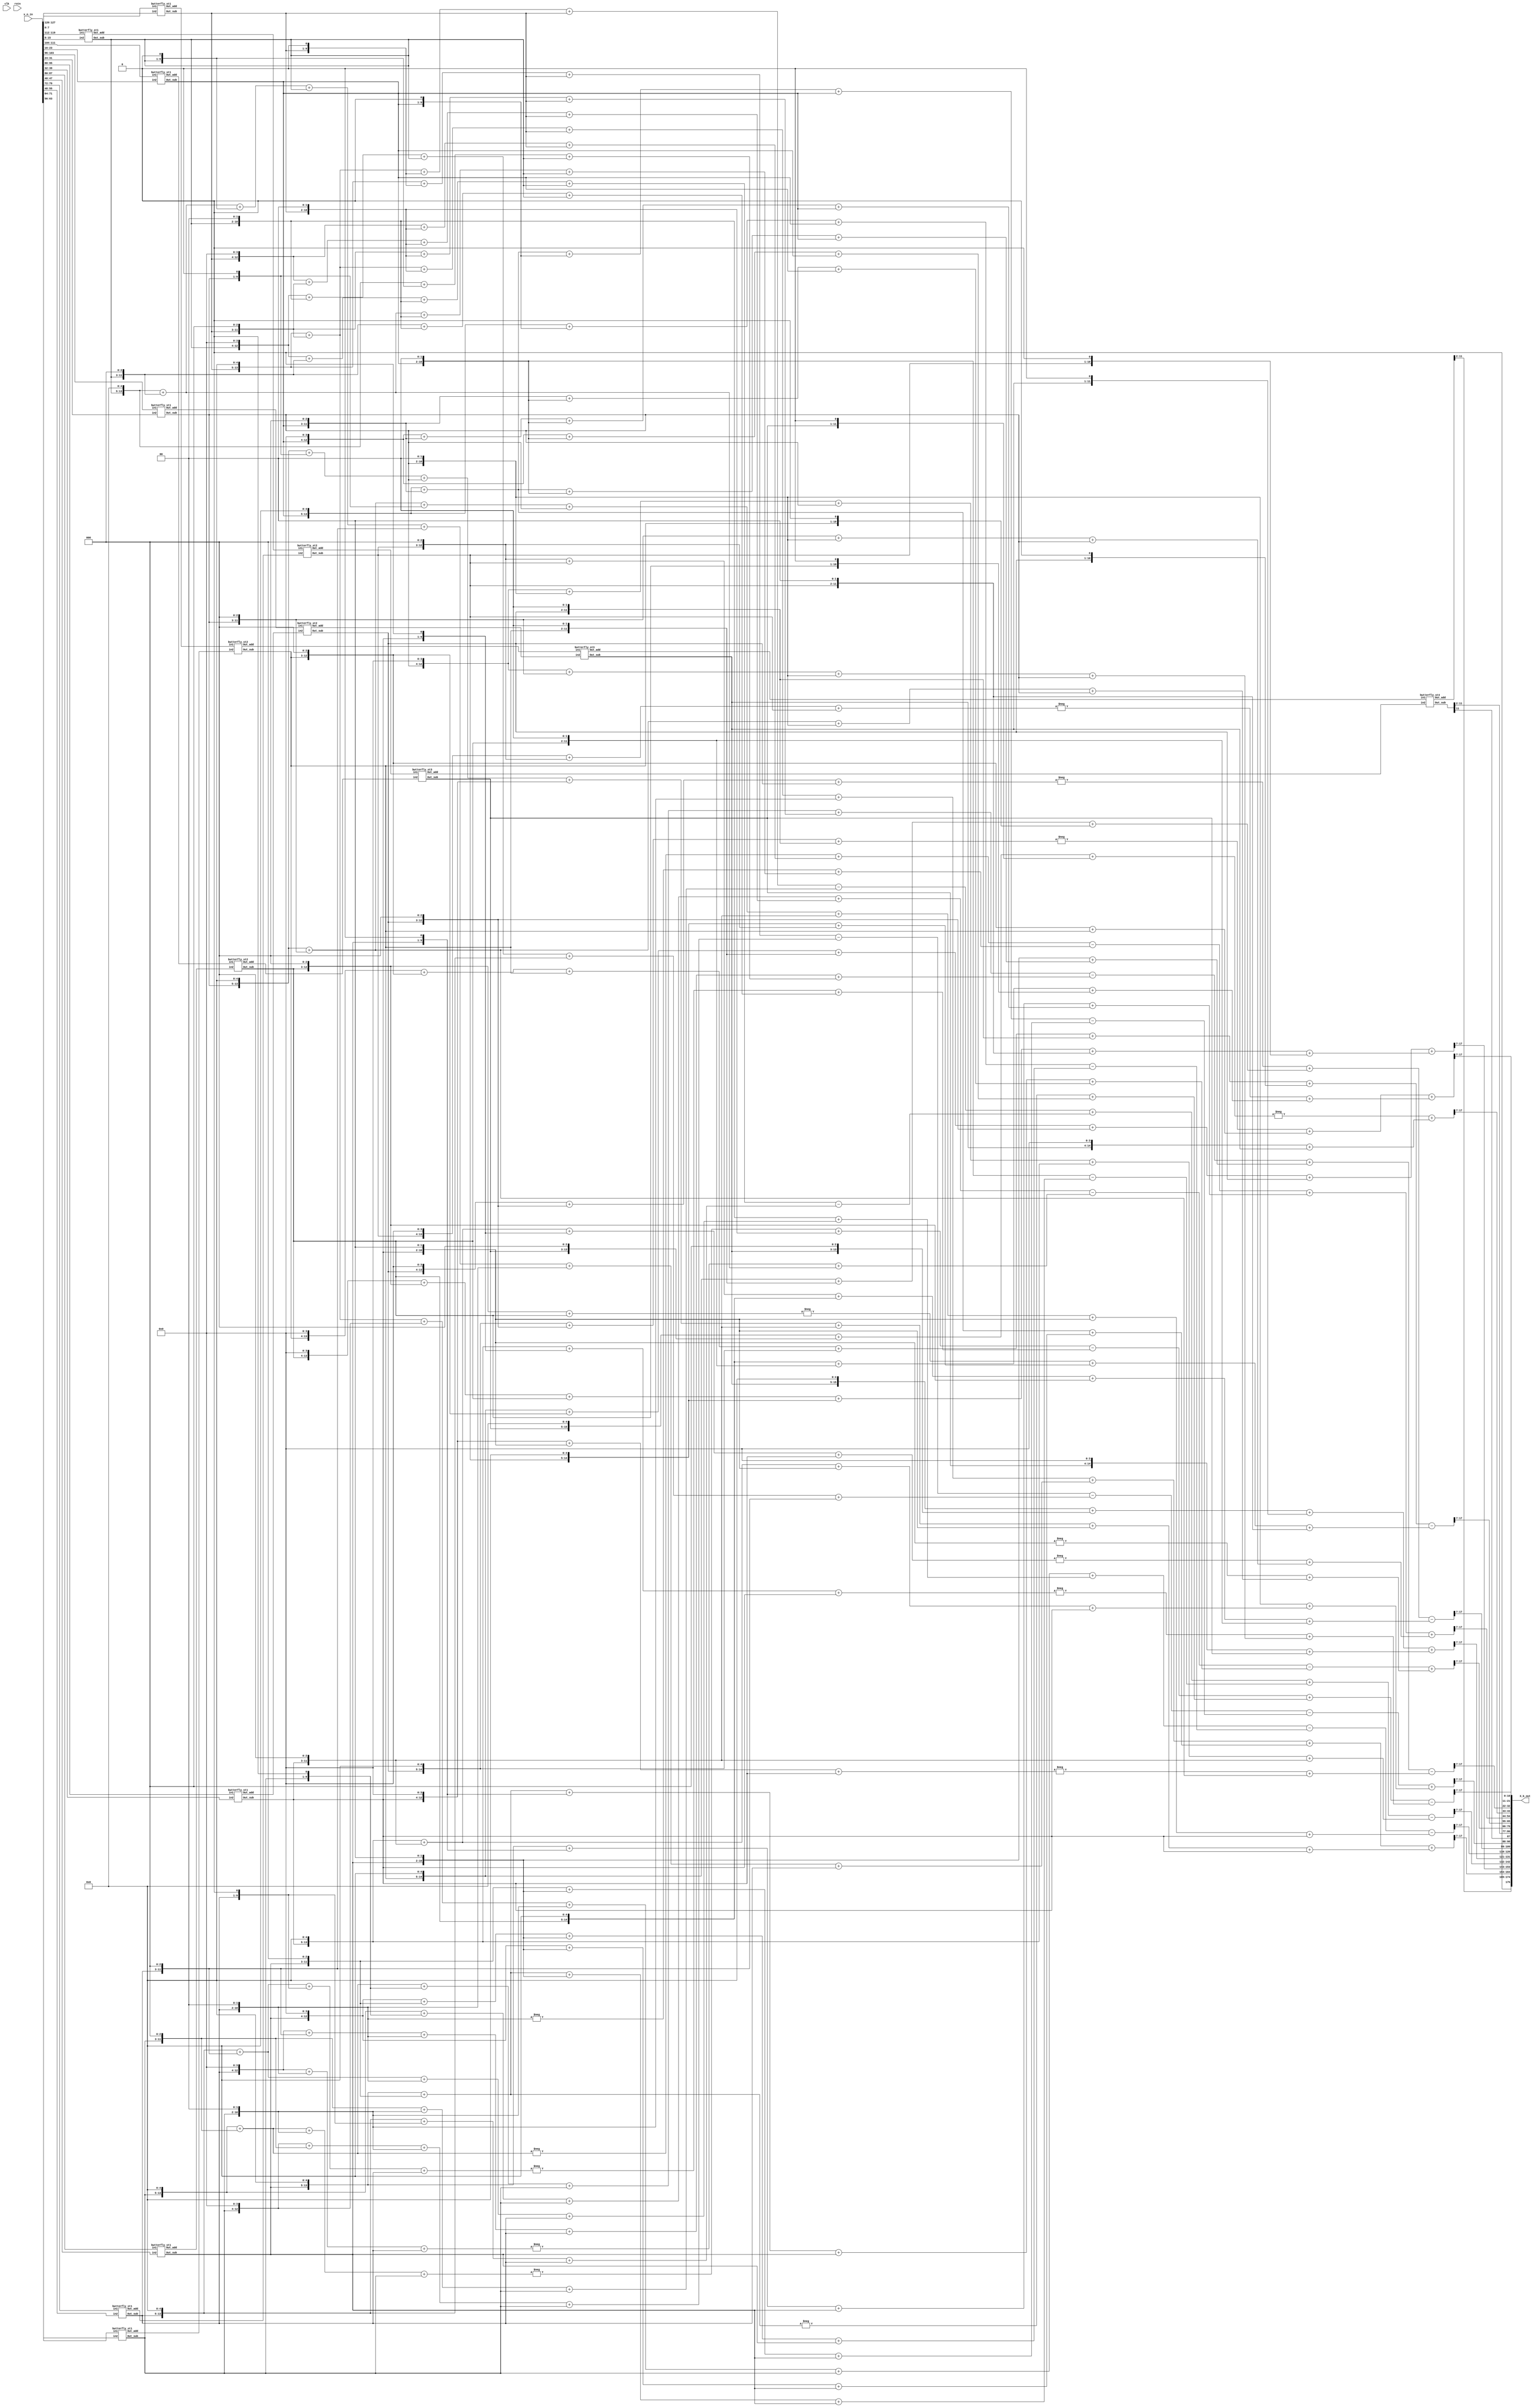
// 1 DCT 

module DCT_1D_row
    #(parameter C_bit = 7, parameter BW = 11)

    (X_k_out, x_n_in, clk, rstn);

    output [16*BW-1:0]X_k_out;
    input [128-1:0]x_n_in;  // unsigned input
    input clk, rstn;
    //(8.0)
    wire [8-1:0] x_0  = x_n_in[15*8 +: 8];
    wire [8-1:0] x_1  = x_n_in[14*8 +: 8];
    wire [8-1:0] x_2  = x_n_in[13*8 +: 8];
    wire [8-1:0] x_3  = x_n_in[12*8 +: 8];
    wire [8-1:0] x_4  = x_n_in[11*8 +: 8];
    wire [8-1:0] x_5  = x_n_in[10*8 +: 8];
    wire [8-1:0] x_6  = x_n_in[ 9*8 +: 8];
    wire [8-1:0] x_7  = x_n_in[ 8*8 +: 8];
    wire [8-1:0] x_8  = x_n_in[ 7*8 +: 8];
    wire [8-1:0] x_9  = x_n_in[ 6*8 +: 8];
    wire [8-1:0] x_10 = x_n_in[ 5*8 +: 8];
    wire [8-1:0] x_11 = x_n_in[ 4*8 +: 8];
    wire [8-1:0] x_12 = x_n_in[ 3*8 +: 8];
    wire [8-1:0] x_13 = x_n_in[ 2*8 +: 8];
    wire [8-1:0] x_14 = x_n_in[ 1*8 +: 8];
    wire [8-1:0] x_15 = x_n_in[ 0*8 +: 8];
    // (8.7)
    //wire [8-1:0] C_0  = 8'h20;
    // wire [8-1:0] C_1  = 8'b00101101;
    // wire [8-1:0] C_2  = 8'b00101100;
    // wire [8-1:0] C_3  = 8'b00101011;
    // wire [8-1:0] C_4  = 8'b00101010;
    // wire [8-1:0] C_5  = 8'b00101000;
    // wire [8-1:0] C_6  = 8'b00100110;
    // wire [8-1:0] C_7  = 8'b00100011;
    // wire [8-1:0] C_8  = 8'b00100000;
    // wire [8-1:0] C_9  = 8'b00011101;
    // wire [8-1:0] C_10 = 8'b00011001;
    // wire [8-1:0] C_11 = 8'b00010101;
    // wire [8-1:0] C_12 = 8'b00010001;
    // wire [8-1:0] C_13 = 8'b00001101;
    // wire [8-1:0] C_14 = 8'b00001001;
    // wire [8-1:0] C_15 = 8'b00000100;
    //  16  C0 = C8  15 .

    wire signed[9-1:0] X_0_15_a, X_0_15_s;
    wire signed[9-1:0] X_1_14_a, X_1_14_s;
    wire signed[9-1:0] X_2_13_a, X_2_13_s;
    wire signed[9-1:0] X_3_12_a, X_3_12_s;
    wire signed[9-1:0] X_4_11_a, X_4_11_s;
    wire signed[9-1:0] X_5_10_a, X_5_10_s;
    wire signed[9-1:0] X_6_9_a, X_6_9_s;
    wire signed[9-1:0] X_7_8_a, X_7_8_s;

    // Common stage (Even, Odd) (9.0)
    butterfly_st1 buf1( X_0_15_a, X_0_15_s, x_0, x_15);
    butterfly_st1 buf2( X_1_14_a, X_1_14_s, x_1, x_14);
    butterfly_st1 buf3( X_2_13_a, X_2_13_s, x_2, x_13);
    butterfly_st1 buf4( X_3_12_a, X_3_12_s, x_3, x_12);
    butterfly_st1 buf5( X_4_11_a, X_4_11_s, x_4, x_11);
    butterfly_st1 buf6( X_5_10_a, X_5_10_s, x_5, x_10);
    butterfly_st1 buf7( X_6_9_a,  X_6_9_s,  x_6, x_9);
    butterfly_st1 buf8( X_7_8_a,  X_7_8_s,  x_7, x_8);

    wire signed[10-1:0] X_0_7_8_15_a, X_1_6_9_14_a, X_2_5_10_13_a, X_3_4_11_12_a;
    wire signed[10-1:0] X_0_7_8_15_s, X_1_6_9_14_s, X_2_5_10_13_s, X_3_4_11_12_s;

    // Even stage (10.0)
    butterfly_st2 buf2_1 (X_0_7_8_15_a,  X_0_7_8_15_s,  X_0_15_a, X_7_8_a);
    butterfly_st2 buf2_2 (X_1_6_9_14_a,  X_1_6_9_14_s,  X_1_14_a, X_6_9_a);
    butterfly_st2 buf2_3 (X_2_5_10_13_a, X_2_5_10_13_s, X_2_13_a, X_5_10_a);
    butterfly_st2 buf2_4 (X_3_4_11_12_a, X_3_4_11_12_s, X_3_12_a, X_4_11_a);

    wire signed[11-1:0] X1, X2, X3, X4;
    // 11 bit outcome (11.0)
    butterfly_st3 buf3_1 (X2, X4, X_1_6_9_14_a, X_2_5_10_13_a);
    butterfly_st3 buf3_2 (X1, X3, X_0_7_8_15_a,  X_3_4_11_12_a);

    // Even Even Even
    ////////////////////****** X[0], X[8] ******////////////////////
    wire signed[12-1:0] Pre_X_0, Pre_X_8;
    wire signed[20-1:0] X_0;
    wire signed[20-1:0] X_8;
    wire signed[11-1:0] X_0_trunc; 
    wire signed[11-1:0] X_8_trunc;

    // 12bit outcome (12.0)
    butterfly_st4 buf4_1 (Pre_X_0, Pre_X_8, X1, X2);

    // 16bit outcome (16.4)   . $unsigned()
    assign X_0 = $unsigned(Pre_X_0) <<< 5;
    //assign X_0 = X_0 <<< 1;
    // 19bit outcome
    assign X_8 = Pre_X_8 <<< 5;

    // 11bit (11.0)
    assign X_0_trunc = X_0[18-1:7];
    assign X_8_trunc = X_8[18-1:7];

    // Even Even Odd
    ////////////////////****** X[4], X[12] ******////////////////////
    // 19bit outcome (19.7)
    //butterfly_st4_mult buf4_2 (X_4, X_12, X3, X4, C_4, C_12);
    // C4 = 00101010, C12 = 00010001
    // C4 * X3 + C12 * X4
    // -C4 * X4 + C12 * X3
    wire signed[20-1:0] X_4, X_12;
    wire signed[11-1:0] X_4_trunc, X_12_trunc;

    assign X_4 = ((X3 << 5) + (X3 << 3) + (X3 << 1)) + ((X4 << 4) + X4);
    assign X_12 = -((X4 << 5) + (X4 << 3) + (X4 << 1)) + ((X3 << 4) + X3);
    
    // 11bit (11.0)  1,  7 
    assign X_4_trunc = X_4[18-1:7];
    assign X_12_trunc = X_12[18-1:7];

    // Even Odd
    ////////////////////****** X[2], X[6], X[10], X[14] ******////////////////////
    // 18.6
    wire signed [19-1:0] Pre_X_10_1, Pre_X_6_1, Pre_X_10_2, Pre_X_6_2;
    //butterfly_st3_mult buf3_3 (Pre_X_10_1, Pre_X_6_1, X_0_7_8_15_s, X_3_4_11_12_s, C_10, C_6);
    //butterfly_st3_mult buf3_4 (Pre_X_6_2, Pre_X_10_2, X_1_6_9_14_s, X_2_5_10_13_s, C_14, C_2);

    // C_10 = 00011001, C_6 = 00100110
    // C10 * X_0_7_8_15_s + C6 * X_3_4_11_12_s
    // -C10 * X_3_4_11_12 + C6 * X_0_7_8_15_s
    assign Pre_X_10_1 = (X_0_7_8_15_s <<< 4) + (X_0_7_8_15_s <<< 3) + (X_0_7_8_15_s) + (X_3_4_11_12_s <<< 5) + (X_3_4_11_12_s <<< 2) + (X_3_4_11_12_s <<< 1);
    assign Pre_X_6_1 = -((X_3_4_11_12_s <<< 4) + (X_3_4_11_12_s <<< 3) + (X_3_4_11_12_s)) + ((X_0_7_8_15_s <<< 5) + (X_0_7_8_15_s <<< 2) + (X_0_7_8_15_s <<< 1));

    // C14 = 00001001, C2 = 00101100
    // C14 * X_1_6_9_14_s + C2 * X_2_5_10_13_s
    // -C14 * X_2_5_10_13_s + C2 * X_1_6_9_14_s
    assign Pre_X_6_2 = (X_1_6_9_14_s <<< 3)  + (X_1_6_9_14_s) + (X_2_5_10_13_s <<< 5) + (X_2_5_10_13_s <<< 3) + (X_2_5_10_13_s <<< 2); 
    assign Pre_X_10_2 = -((X_2_5_10_13_s <<< 3) + (X_2_5_10_13_s)) + ((X_1_6_9_14_s <<< 5) + (X_1_6_9_14_s <<< 3)) + (X_1_6_9_14_s <<< 2);
    
    // 19.6
    wire signed [20-1:0] X_10, X_6;
    // 19bit outcome
    assign X_10 = Pre_X_10_1 - Pre_X_10_2;
    assign X_6 = Pre_X_6_1 - Pre_X_6_2;

    // 11bit truncation
    wire signed [11-1:0] X_10_trunc, X_6_trunc;
    assign X_10_trunc = X_10[18-1:7];
    assign X_6_trunc = X_6[18-1:7];

    // X[2], X[14]
    wire signed [19-1:0] Pre_X_2_1, Pre_X_14_1, Pre_X_2_2, Pre_X_14_2;
    //butterfly_st3_mult buf3_5 (Pre_X_2_1, Pre_X_14_1, X_0_7_8_15_s, X_3_4_11_12_s, C_2, C_14);
    //butterfly_st3_mult buf3_6 (Pre_X_2_2, Pre_X_14_2, X_2_5_10_13_s, X_1_6_9_14_s, C_10, C_6);

    // C2 = 00101100, C14 = 00001001
    // C2 * X_0_7_8_15_s + C14 * X_3_4_11_12_s
    // -C2 * X_3_4_11_12_s + C14 * X_0_7_8_15_s
    assign Pre_X_2_1 = (X_0_7_8_15_s <<< 5) + (X_0_7_8_15_s <<< 3) + (X_0_7_8_15_s <<< 2) + (X_3_4_11_12_s <<< 3) + (X_3_4_11_12_s);
    assign Pre_X_14_1 = -((X_3_4_11_12_s <<< 5) + (X_3_4_11_12_s <<< 3) + (X_3_4_11_12_s <<< 2)) + ((X_0_7_8_15_s <<< 3) + (X_0_7_8_15_s));

    // C10 = 00011001, C6 = 00100110
    // C10 * X_2_5_10_13_s + C6 * X_1_6_9_14_s
    // -C10 * X_1_6_9_14_s + C6 * X_2_5_10_13_s
    assign Pre_X_2_2 = (X_2_5_10_13_s <<< 4) + (X_2_5_10_13_s <<< 3) + (X_2_5_10_13_s) + (X_1_6_9_14_s <<< 5) + (X_1_6_9_14_s <<< 2) + (X_1_6_9_14_s <<< 1);
    assign Pre_X_14_2 = -((X_1_6_9_14_s <<< 4) + (X_1_6_9_14_s <<< 3) + (X_1_6_9_14_s)) + ((X_2_5_10_13_s <<< 5) + (X_2_5_10_13_s <<< 2) + (X_2_5_10_13_s <<< 1));

    wire signed [20-1:0] X_2, X_14;
    // 19bit outcome
    assign X_2 = Pre_X_2_1 + Pre_X_2_2;
    assign X_14 = Pre_X_14_1 + Pre_X_14_2;

    // 11bit truncation
    wire signed [11-1:0] X_2_trunc, X_14_trunc;
    assign X_2_trunc = X_2[18-1:7];
    assign X_14_trunc = X_14[18-1:7];

    // Odd part
    ////////////////////****** X[1], X[15] ******////////////////////

    wire signed [21-1:0] Pre_X_1, Pre_X_15;
    wire signed [18-1:0] X1_1, X15_1, X1_2, X15_2, X1_3, X15_3, X1_4, X15_4;
    
    //butterfly_st2_mult buf_1_15_1 (X1_1, X15_1, X_0_15_s, X_7_8_s, C_1, C_15);
    //butterfly_st2_mult buf_1_15_2 (X1_2, X15_2, X_1_14_s, X_6_9_s, C_3, C_13);
    //butterfly_st2_mult buf_1_15_3 (X1_3, X15_3, X_2_13_s, X_5_10_s, C_5, C_11);
    //butterfly_st2_mult buf_1_15_4 (X1_4, X15_4, X_3_12_s, X_4_11_s, C_7, C_9);

    // C1 = 00101101, C15 = 00000100
    // C1 * X_0_15_s + C15 * X_7_8_s
    // -C1 * X_7_8_s + C15 * X_0_15_s
    assign X1_1 = ((X_0_15_s <<< 5) + (X_0_15_s <<< 3) + (X_0_15_s <<< 2) + (X_0_15_s)) + (X_7_8_s <<< 2);
    assign X15_1 = -((X_7_8_s <<< 5) + (X_7_8_s <<< 3) + (X_7_8_s <<< 2) + X_7_8_s) + ((X_0_15_s <<< 2));

    // C3 = 00101011, C13 = 00001101
    // C3 * X_1_14_s + C13 * X_6_9_s
    // -C3 * X_6_9_s + C13 * X_1_14_s
    assign X1_2 = ((X_1_14_s <<< 5)+(X_1_14_s <<< 3)+(X_1_14_s <<< 1) + (X_1_14_s))  + (X_6_9_s <<< 3) + (X_6_9_s <<< 2) + (X_6_9_s);
    assign X15_2 = -((X_6_9_s <<< 5) + (X_6_9_s <<< 3) + (X_6_9_s <<< 1) + (X_6_9_s)) + ((X_1_14_s <<< 3) + (X_1_14_s <<< 2) + (X_1_14_s));

    // C5 = 00101000, C11 = 00010101
    // C5 * X_2_13_s + C11 * X_5_10_s
    // -C5 * X_5_10_s + C11 * X_2_13_s
    assign X1_3 = (X_2_13_s <<< 5) + (X_2_13_s <<< 3) +  ((X_5_10_s <<< 4) + (X_5_10_s <<< 2) + (X_5_10_s));
    assign X15_3 = -((X_5_10_s <<< 5) + (X_5_10_s <<< 3)) + ((X_2_13_s <<< 4) + (X_2_13_s <<< 2) + (X_2_13_s));

    // C7 = 00100011, C9 = 00011101
    // C7 * X_3_12_s + C9 * X_4_11_s
    // -C7 * X_4_11_s + C9 * X_3_12_s
    assign X1_4 = ((X_3_12_s <<< 5) + (X_3_12_s <<< 1) + (X_3_12_s)) + (X_4_11_s <<< 4) + (X_4_11_s <<< 3) + (X_4_11_s <<< 2) + (X_4_11_s);
    assign X15_4 = -((X_4_11_s <<< 5) + (X_4_11_s <<< 1) + (X_4_11_s)) + ((X_3_12_s <<< 4) + (X_3_12_s <<< 3) + (X_3_12_s <<< 2) + (X_3_12_s));

    assign Pre_X_1 = $signed(X1_1 + X1_2 + X1_3 + X1_4);
    assign Pre_X_15 = X15_1 - X15_2 + X15_3 - X15_4;

    // 11bit truncation
    wire signed [11-1:0] X_1_trunc, X_15_trunc;
    assign X_1_trunc = Pre_X_1[18-1:7];
    assign X_15_trunc = Pre_X_15[18-1:7];


    ////////////////////****** X[3], X[13] ******////////////////////

    wire signed [21-1:0] Pre_X_3, Pre_X_13;
    wire signed [18-1:0] X3_1, X13_1, X3_2, X13_2, X3_3, X13_3, X3_4, X13_4;

    //butterfly_st2_mult buf_3_13_1 (X3_1, X13_1, X_0_15_s, -X_7_8_s, C_3, C_13);
    //butterfly_st2_mult buf_3_13_2 (X3_2, X13_2, X_1_14_s, -X_6_9_s, C_9, C_7);
    //butterfly_st2_mult buf_3_13_3 (X3_3, X13_3, X_2_13_s, -X_5_10_s, C_15, C_1);
    //butterfly_st2_mult buf_3_13_4 (X3_4, X13_4, X_3_12_s, X_4_11_s, C_11, C_5);

    // C3 = 00101011, C13 = 00001101
    // C3 * X_0_15_s  C13 * X_7_8_s
    // -C3 * X_7_8_s + C13 * X_0_15_s
    //assign X_7_8_s = -X_7_8_s;
    assign X3_1 = (X_0_15_s <<< 5) + (X_0_15_s <<< 3) + (X_0_15_s <<< 1) + (X_0_15_s) -((X_7_8_s <<< 3) + (X_7_8_s <<< 2) + (X_7_8_s));
    assign X13_1 = ((X_7_8_s <<< 5) + (X_7_8_s <<< 3) + (X_7_8_s <<< 1) + (X_7_8_s)) + ((X_0_15_s <<< 3) + (X_0_15_s <<< 2) + (X_0_15_s));

    // C9 = 00011101, C7 = 00100011
    // C9 * X_1_14_s + C7 * X_6_9_s
    // -C9 * X_6_9_s + C7 * X_1_14_s
    //assign X_6_9_s = -X_6_9_s;
    assign X3_2 = (X_1_14_s <<< 4) + (X_1_14_s <<< 3) + (X_1_14_s <<< 2) + (X_1_14_s) - ((X_6_9_s <<< 5) + (X_6_9_s <<< 1) + (X_6_9_s));
    assign X13_2 = ((X_6_9_s <<< 4) + (X_6_9_s <<< 3) + (X_6_9_s <<< 2) + (X_6_9_s)) + ((X_1_14_s <<< 5) + (X_1_14_s <<< 1) + (X_1_14_s));

    // C15 = 00000100, C1 = 00101101
    // C15 * X_2_13_s + C1 * X_5_10_s
    // -C15 * X_5_10_s + C1 * X_2_13_s
    //assign X_5_10_s = -X_5_10_s;
    assign X3_3 = (X_2_13_s <<< 2) - ((X_5_10_s <<< 5) + (X_5_10_s <<< 3) + (X_5_10_s <<< 2) + X_5_10_s);
    assign X13_3 = ((X_5_10_s <<< 2)) + ((X_2_13_s <<< 5) + (X_2_13_s <<< 3) + (X_2_13_s <<< 2) + (X_2_13_s));

    // C11 = 00010101, C5 = 00101000
    // C11 * X_3_12_s + C5 * X_4_11_s
    // -C11 * X_4_11_s + C5 * X_3_12_s
    assign X3_4 = ((X_3_12_s <<< 4) + (X_3_12_s <<< 2) + (X_3_12_s)) + (X_4_11_s <<< 5) + (X_4_11_s <<< 3);
    assign X13_4 = -((X_4_11_s <<< 4) + (X_4_11_s <<< 2) + (X_4_11_s)) + ((X_3_12_s <<< 5) + (X_3_12_s <<< 3));

    assign Pre_X_3 = X3_1 + X3_2 + X3_3 - X3_4;
    assign Pre_X_13 = X13_1 - X13_2 + X13_3 - X13_4;

    // 11bit truncation
    wire signed [11-1:0] X_3_trunc, X_13_trunc;
    assign X_3_trunc = Pre_X_3[18-1:7];
    assign X_13_trunc = Pre_X_13[18-1:7];

    ////////////////////****** X[5], X[11] ******////////////////////

    wire signed [21-1:0] Pre_X_5, Pre_X_11;
    wire signed [18-1:0] X5_1, X11_1, X5_2, X11_2, X5_3, X11_3, X5_4, X11_4;
    
    //butterfly_st2_mult buf_5_11_1 (X5_1, X11_1, X_0_15_s, X_7_8_s, C_5, C_11);
    //butterfly_st2_mult buf_5_11_2 (X5_2, X11_2, X_1_14_s, X_6_9_s, C_15, C_1);
    //butterfly_st2_mult buf_5_11_3 (X5_3, X11_3, X_2_13_s, -X_5_10_s, C_7, C_9);
    //butterfly_st2_mult buf_5_11_4 (X5_4, X11_4, X_3_12_s, X_4_11_s, C_3, C_13);

    // C5 = 00101000, C11 = 00010101
    // C5 * X_0_15_s + C11 * X_7_8_s
    // -C5 * X_7_8_s + C11 * X_0_15_s
    assign X5_1 = (X_0_15_s <<< 5) + (X_0_15_s <<< 3) + (X_7_8_s <<< 4) + (X_7_8_s <<< 2) + (X_7_8_s);
    assign X11_1 = -((X_7_8_s <<< 5) + (X_7_8_s <<< 3)) + ((X_0_15_s <<< 4) + (X_0_15_s <<< 2) + (X_0_15_s));

    // C15 = 00000100, C1 = 00101101
    // C15 * X_1_14_s + C1 * X_6_9_s
    // -C15 * X_6_9_s + C1 * X_1_14_s
    assign X5_2 = (X_1_14_s <<< 2) + ((X_6_9_s <<< 5) + (X_6_9_s <<< 3) + (X_6_9_s <<< 2) + X_6_9_s);
    assign X11_2 = -((X_6_9_s <<< 2)) + ((X_1_14_s <<< 5) + (X_1_14_s <<< 3) + (X_1_14_s <<< 2) + (X_1_14_s));

    // C7 = 00100011, C9 = 00011101
    // C7 * X_2_13_s + C9 * X_5_10_s
    // -C7 * X_5_10_s + C9 * X_2_13_s
    assign X5_3 = (X_2_13_s <<< 5) + (X_2_13_s <<< 1) + (X_2_13_s) - ((X_5_10_s <<< 4) + (X_5_10_s <<< 3) + (X_5_10_s <<< 2) + (X_5_10_s));
    assign X11_3 = ((X_5_10_s <<< 5) + (X_5_10_s <<< 1) +(X_5_10_s) ) + ((X_2_13_s <<< 4) + (X_2_13_s <<< 3) + (X_2_13_s <<< 2) + (X_2_13_s));

    // C3 = 00101011, C13 = 00001101
    // C3 * X_3_12_s + C13 * X_4_11_s
    // -C3 * X_4_11_s + C13 * X_3_12_s
    assign X5_4 = (X_3_12_s <<< 5) + (X_3_12_s <<< 3) + (X_3_12_s <<< 1) + (X_3_12_s)+ (X_4_11_s <<< 3) + (X_4_11_s <<< 2) + X_4_11_s;
    assign X11_4 = -((X_4_11_s <<< 5) + (X_4_11_s <<< 3) + (X_4_11_s <<< 1) + X_4_11_s) + ((X_3_12_s <<< 3) + (X_3_12_s <<< 2) + X_3_12_s);

    assign Pre_X_5 = X5_1 + X5_2 - X5_3 - X5_4;
    assign Pre_X_11 = X11_1 - X11_2 + X11_3 + X11_4;

    // 11bit truncation
    wire signed [11-1:0] X_5_trunc, X_11_trunc;
    assign X_5_trunc = Pre_X_5[18-1:7];
    assign X_11_trunc = Pre_X_11[18-1:7];

    ////////////////////****** X[7], X[9] ******////////////////////

    wire signed [21-1:0] Pre_X_7, Pre_X_9;
    wire signed [18-1:0] X7_1, X9_1, X7_2, X9_2, X7_3, X9_3, X7_4, X9_4;

    //butterfly_st2_mult buf_7_9_1 (X7_1, X9_1, X_0_15_s, -X_7_8_s, C_7, C_9);
    //butterfly_st2_mult buf_7_9_2 (X7_2, X9_2, X_1_14_s, X_6_9_s, C_11, C_5);
    //butterfly_st2_mult buf_7_9_3 (X7_3, X9_3, X_2_13_s, -X_5_10_s, C_3, C_13);
    //butterfly_st2_mult buf_7_9_4 (X7_4, X9_4, X_3_12_s, X_4_11_s, C_15, C_1);

    // C7 = 00100011, C9 = 00011101
    // C7 * X_0_15_s + C9 * X_7_8_s
    // -C7 * X_7_8_s + C9 * X_0_15_s
    //assign X_7_8_s = -X_7_8_s;
    assign X7_1 = (X_0_15_s <<< 5) + (X_0_15_s <<< 1) + X_0_15_s - ((X_7_8_s <<< 4) + (X_7_8_s <<< 3) + (X_7_8_s <<< 2) + (X_7_8_s));
    assign X9_1 = ((X_7_8_s <<< 5) + (X_7_8_s <<< 1) + X_7_8_s) + ((X_0_15_s <<< 4) + (X_0_15_s <<< 3) + (X_0_15_s <<< 2) + (X_0_15_s));

    // C11 = 00010101, C5 = 00101000
    // C11 * X_1_14_s + C5 * X_6_9_s
    // -C11 * X_6_9_s + C5 * X_1_14_s
    assign X7_2 = (X_1_14_s <<< 4) + (X_1_14_s <<< 2) + (X_1_14_s) + (X_6_9_s <<< 5) + (X_6_9_s <<< 3);
    assign X9_2 = -((X_6_9_s <<< 4) + (X_6_9_s <<< 2) + (X_6_9_s)) + ((X_1_14_s <<< 5) + (X_1_14_s <<< 3));

    // C3 = 00101011, C13 = 00001101
    // C3 * X_2_13_s + C13 * X_5_10_s
    // -C3 * X_5_10_s + C13 * X_2_13_s
    //assign X_5_10_s = -X_5_10_s;
    assign X7_3 = (X_2_13_s <<< 5) + (X_2_13_s <<< 3) + (X_2_13_s <<< 1) + X_2_13_s - ((X_5_10_s <<< 3) + (X_5_10_s <<< 2) + X_5_10_s);
    assign X9_3 = ((X_5_10_s <<< 5) + (X_5_10_s <<< 3) + (X_5_10_s <<< 1) + X_5_10_s) + ((X_2_13_s <<< 3) + (X_2_13_s <<< 2) + X_2_13_s);

    // C15 = 00000100, C1 = 00101101
    // C15 * X_3_12_s + C1 * X_4_11_s
    // -C15 * X_4_11_s + C1 * X_3_12_s
    assign X7_4 = (X_3_12_s <<< 2) + ((X_4_11_s <<< 5) + (X_4_11_s <<< 3) + (X_4_11_s <<< 2) + X_4_11_s);
    assign X9_4 = -((X_4_11_s <<< 2)) + ((X_3_12_s <<< 5) + (X_3_12_s <<< 3) + (X_3_12_s <<< 2) + (X_3_12_s));

    assign Pre_X_7 = X7_1 - X7_2 - X7_3 + X7_4;
    assign Pre_X_9 = X9_1 - X9_2 - X9_3 + X9_4;

    // 11bit truncation
    wire signed [11-1:0] X_7_trunc, X_9_trunc;
    assign X_7_trunc = Pre_X_7[18-1:7];
    assign X_9_trunc = Pre_X_9[18-1:7];

    assign X_k_out = {X_0_trunc, X_1_trunc, X_2_trunc, X_3_trunc, X_4_trunc, X_5_trunc, X_6_trunc, X_7_trunc, X_8_trunc, X_9_trunc, X_10_trunc, X_11_trunc, X_12_trunc, X_13_trunc, X_14_trunc, X_15_trunc};


endmodule

module butterfly_st1(Out_add, Out_sub, in1, in2);
    output signed[9-1:0] Out_add;
    output signed[9-1:0] Out_sub;
    input [8-1:0] in1;
    input [8-1:0] in2;

    assign Out_add = $unsigned(in1) + $unsigned(in2);
    assign Out_sub = $unsigned(in1) - $unsigned(in2);

endmodule

//   output unsigned .
module butterfly_st2(Out_add, Out_sub, in1, in2);
    output signed[10-1:0] Out_add;
    output signed[10-1:0] Out_sub;
    input signed[9-1:0] in1;
    input signed[9-1:0] in2;

    assign Out_add = $unsigned(in1) + $unsigned(in2);
    assign Out_sub = $unsigned(in1) - $unsigned(in2);

endmodule

// module butterfly_st2_mult(Out_add, Out_sub, in1, in2, c1, c2);
//     output signed[17-1:0] Out_add;
//     output signed[17-1:0] Out_sub;
//     input signed[7-1:0] c1, c2;
//     input signed[9-1:0] in1;
//     input signed[9-1:0] in2;

//     assign Out_add = in1 * c1 + in2 * c2;
//     assign Out_sub = in1 * c2 - in2 * c1;

// endmodule

module butterfly_st3(Out_add, Out_sub, in1, in2);
    output signed[11-1:0] Out_add;
    output signed[11-1:0] Out_sub;
    input signed[10-1:0] in1;
    input signed[10-1:0] in2;

    assign Out_add = $unsigned(in1) + $unsigned(in2);
    assign Out_sub = $unsigned(in1) - $unsigned(in2);

endmodule
// Even Odd X[2], X[6], X[10], X[14]  butterfly 
// module butterfly_st3_mult (Out_add, Out_sub, in1, in2, c1, c2);
//     output signed[18-1:0] Out_add;
//     output signed[18-1:0] Out_sub;
//     input signed[7-1:0] c1, c2;
//     input signed[10-1:0] in1;
//     input signed[10-1:0] in2;

//     assign Out_add = in1 * c1 + in2 * c2;
//     assign Out_sub = in1 * c2 - in2 * c1;

// endmodule

module butterfly_st4(Out_add, Out_sub, in1, in2);
    output signed[12-1:0] Out_add;
    output signed[12-1:0] Out_sub;
    input signed[11-1:0] in1, in2;

    assign Out_add = $unsigned(in1) + $unsigned(in2);
    assign Out_sub = $unsigned(in1) - $unsigned(in2);

endmodule

// even X[4], X[12]  butterfly 
// module butterfly_st4_mult(Out_add, Out_sub, in1, in2, c1, c2);
//     output signed[19-1:0] Out_add;
//     output signed[19-1:0] Out_sub;
//     input signed[7-1:0] c1, c2;
//     input signed[11-1:0] in1, in2;

//     assign Out_add = in1 * c1 + in2 * c2;
//     assign Out_sub = in1 * c2 - in2 * c1;

// endmodule